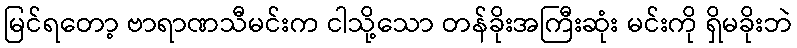
မြင်ရတော့ ဗာရာဏသီမင်းက ငါသို့သော တန်ခိုးအကြီးဆုံး မင်းကို ရှိမခိုးဘဲ